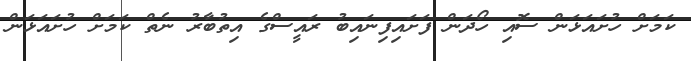
ކަމަށް ހުށައަޅަން ސޮއި ހޯދަން ފަށައިފިނައިބު ރައީސްގެ އިތުބާރު ނެތް ކަމަށް ހުށައަޅަން